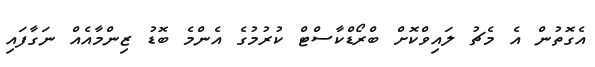
އެގޮތުން އެ މެޗު ލައިވްކޮށް ބްރޯޑްކާސްޓް ކުރުމުގެ އެންމެ ބޮޑު ޒިންމާއެއް ނަގާފައި